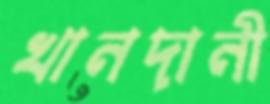
খানদানী